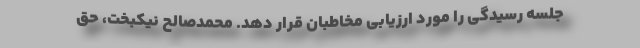
جلسه رسیدگی را مورد ارزیابی مخاطبان قرار دهد. محمدصالح نیکبخت، حق